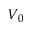
V _ { 0 }